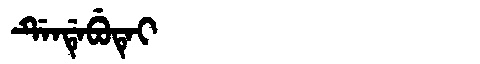
Manchu: ᡩᡝᠨᡩᡝᠪᡠᡨᡝᡳ
Romanization: DENDEBUTEI